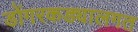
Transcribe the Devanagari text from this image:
डोंगरकड्यालगत